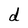
Character: d